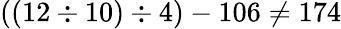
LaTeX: ((12\div 10)\div 4)-106\neq 174